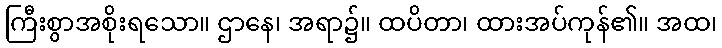
ကြီးစွာအစိုးရသော။ ဌာနေ၊ အရာ၌။ ထပိတာ၊ ထားအပ်ကုန်၏။ အထ၊